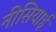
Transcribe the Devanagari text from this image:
नीसियाई